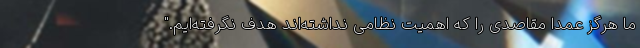
ما هرگز عمدا مقاصدی را که اهمیت نظامی نداشته‌اند هدف نگرفته‌ایم."